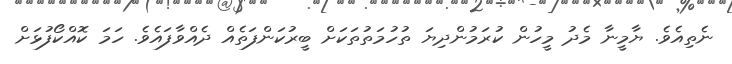
ނެތިއެވެ. ޔާމީނާ މެދު މީހުން ކުރަމުންދިޔަ ތުހުމަތުތަކަށް ބީރުކަންފަތެއް ދެއްވާފައެވެ. ހަމަ ކޮއްކޯފުޅަށް